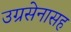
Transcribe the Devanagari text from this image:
उग्रसेनासह